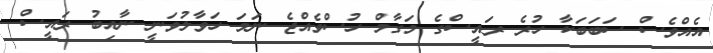
އެއްވެސް ސަބަބަކާ ހުރެ ރައީސްގެ މަގާމް ހުސްވެއްޖެ ނަމަ ހަވާލުވަނީ ނާއިބު ރައީސް